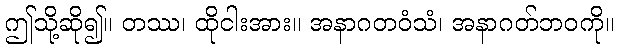
ဤသို့ဆို၍။ တဿ၊ ထိုငါးအား။ အနာဂတဝံသံ၊ အနာဂတ်ဘဝကို။